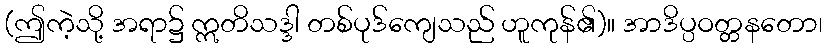
(ဤကဲ့သို့ အရာ၌ ဣတိသဒ္ဒါ တစ်ပုဒ်ကျေသည် ဟူကုန်၏)။ အာဒိပ္ပဝတ္တနတော၊